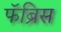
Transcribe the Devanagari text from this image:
फॅब्रिस